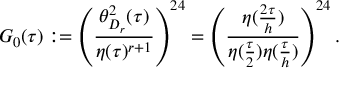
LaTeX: G _ { 0 } ( \tau ) : = \left( \frac { \theta _ { D _ { r } } ^ { 2 } ( \tau ) } { \eta ( \tau ) ^ { r + 1 } } \right) ^ { 2 4 } = \left( \frac { \eta ( \frac { 2 \tau } { h } ) } { \eta ( \frac { \tau } { 2 } ) \eta ( \frac { \tau } { h } ) } \right) ^ { 2 4 } .